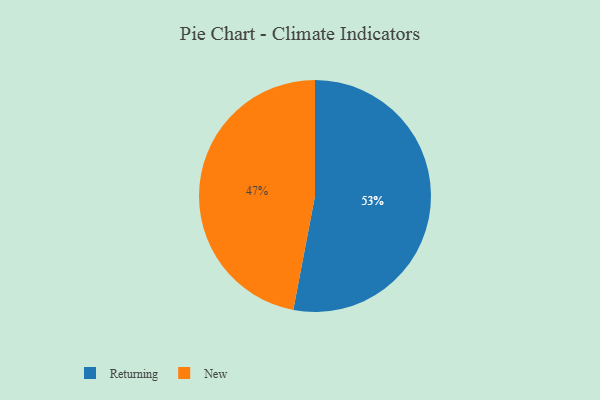
{"axis": {"x": "Category", "y": "Percentage"}, "legend": ["New", "Returning"], "data": [{"x": "New", "y": 47, "type": "New"}, {"x": "Returning", "y": 53, "type": "Returning"}]}